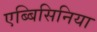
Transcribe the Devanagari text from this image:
एब्बिसिनिया